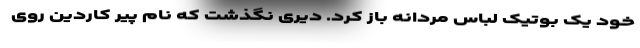
خود یک بوتیک لباس‌ مردانه باز کرد. دیری نگذشت که نام پیر کاردین روی